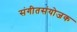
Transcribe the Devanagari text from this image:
संगीतसंयोजक